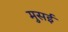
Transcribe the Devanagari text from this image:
मुसई